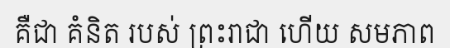
គឺជា គំនិត របស់ ព្រះរាជា ហើយ សមភាព